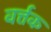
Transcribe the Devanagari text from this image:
वर्त्तक